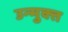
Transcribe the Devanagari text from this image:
उन्‍मुक्‍त